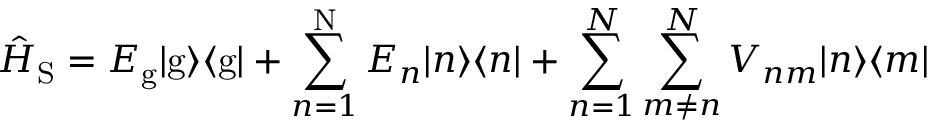
\hat { H } _ { \mathrm { S } } = E _ { \mathrm { g } } | \mathrm { g } \rangle \langle { \mathrm { g } } | + \sum _ { n = 1 } ^ { \mathrm { N } } E _ { n } | n \rangle \langle { n } | + { \sum _ { n = 1 } ^ { N } } \sum _ { m \neq n } ^ { N } V _ { n m } | n \rangle \langle { m } |